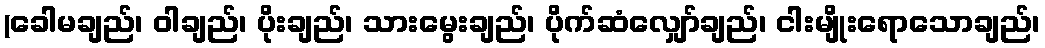
(ခေါမချည်၊ ဝါချည်၊ ပိုးချည်၊ သားမွေးချည်၊ ပိုက်ဆံလျှော်ချည်၊ ငါးမျိုးရောသောချည်၊